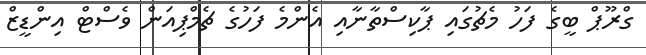
ގްރޫޕް ބީގެ ފަހު މެޗުގައި ޕާކިސްތާނާއި އެންމެ ފަހުގެ ޗެމްޕިއަން ވެސްޓް އިންޑީޒް